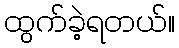
ထွက်ခဲ့ရတယ်။